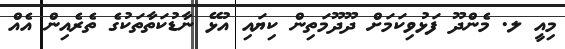
މިއީ ލ. މެންދޫ ފަޅުވިކަމަށް ދޫދޫމަތިން ކިޔައި އުޅޭ ނާޑުކަތާތަކުގެ ތެރެއިން އެއް